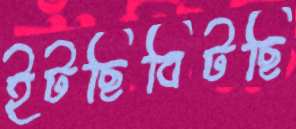
ইটছিবিটছি